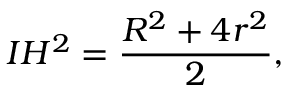
I H ^ { 2 } = { \frac { R ^ { 2 } + 4 r ^ { 2 } } { 2 } } ,